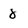
Character: 8